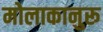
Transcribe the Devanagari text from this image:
मोलाकानुरू